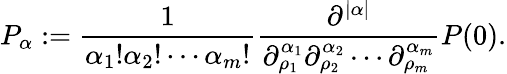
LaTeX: P_{\alpha}:=\frac{1}{\alpha_{1}!\alpha_{2}!\cdots\alpha_{m}!}\frac{\partial^{|\alpha|}}{\partial_{\rho_{1}}^{\alpha_{1}}\partial_{\rho_{2}}^{\alpha_{2}}\cdots\partial_{\rho_{m}}^{\alpha_{m}}}P(0).